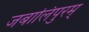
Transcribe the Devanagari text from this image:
जबालिपुरम्